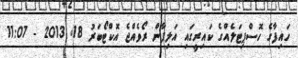
ހައިފާގެ ހޮސްޕިޓަލެއްގެ ކައިރީގައި އަލިފާން ރޯވެއްޖެ އޮކްޓޯބަރު 18